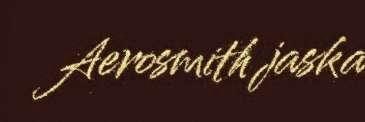
Aerosmith jaska